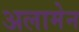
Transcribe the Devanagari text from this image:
अलामेन